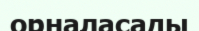
орналасады